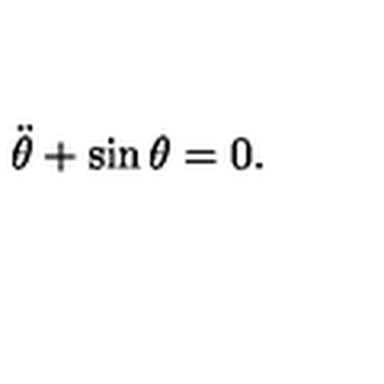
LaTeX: \ddot { \theta } + \sin \theta = 0 .